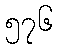
၅၇၆